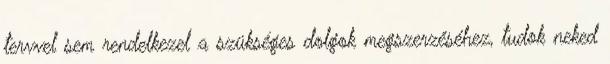
tervvel sem rendelkezel a szükséges dolgok megszerzéséhez, tudok neked